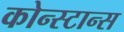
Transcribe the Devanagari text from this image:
कोन्स्टान्स